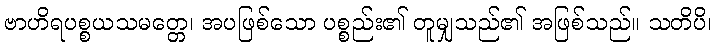
ဗာဟိရပစ္စယသမတ္တေ၊ အပဖြစ်သော ပစ္စည်း၏ တူမျှသည်၏ အဖြစ်သည်။ သတိပိ၊